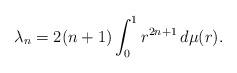
LaTeX: \begin{align*}\lambda_n = 2(n+1)\int_0^1 r^{2n+1}\,d\mu(r).\end{align*}